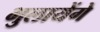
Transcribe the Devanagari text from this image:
भुलायेंगे